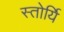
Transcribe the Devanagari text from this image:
स्तोर्यि